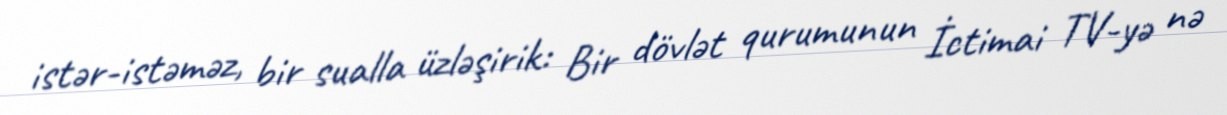
istər-istəməz, bir sualla üzləşirik: Bir dövlət qurumunun İctimai TV-yə nə